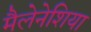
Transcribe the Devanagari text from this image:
मैलेनेशिया